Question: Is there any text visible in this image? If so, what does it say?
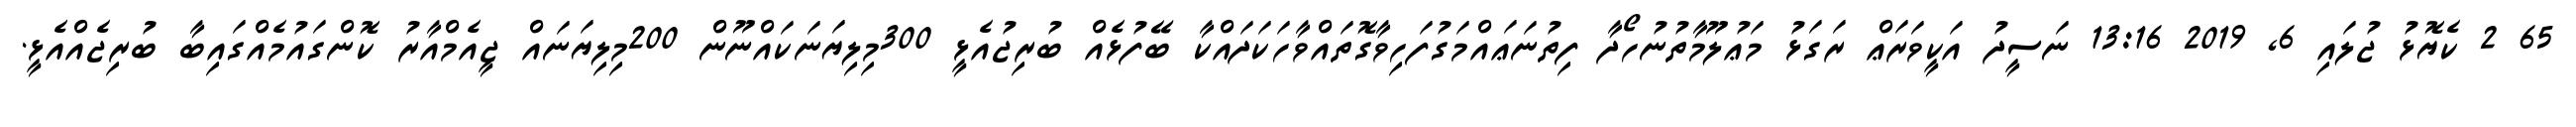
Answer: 65 2 ކެޔޮޅު ޖުލައި 6, 2019 13:16 ނަސީދު އަކީވަރަޢް ރަގަޅު މަޢުލޫމާތުނުހޯދާ ފިތުނަޢައްމަގުފަހިވާގޮތައްވާހަކަދައްކާ ބޭފުޅެއް ބުރިޖުއެޅީ 300މިލިޔަނަކައްނޫން 200މިލިޔަނައް ޖީއެމްއާރު ކޮންގައުމެއްގައިބާ ބުރިޖެއްއެޅީ.